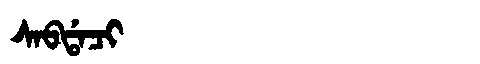
Manchu: ᠰᠠᠪᡩᠠᠴᡳ
Romanization: SABDACI